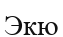
Экю